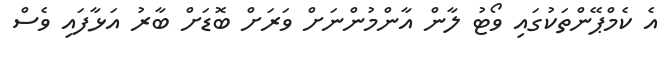
އެ ކެމްޕޭންތަކުގައި ވޯޓު ލާން އާންމުންނަށް ވަރަށް ބޮޑަށް ބާރު އަޅާފައި ވެސް